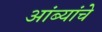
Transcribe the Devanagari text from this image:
आंब्यांचे